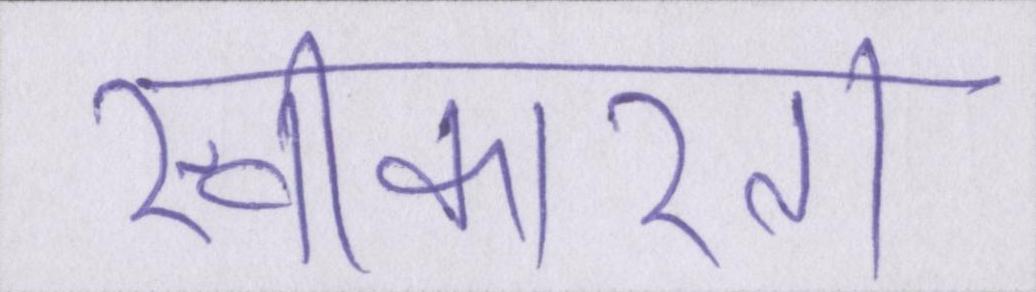
स्वीकारता